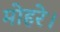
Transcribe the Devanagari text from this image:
मोहरे।